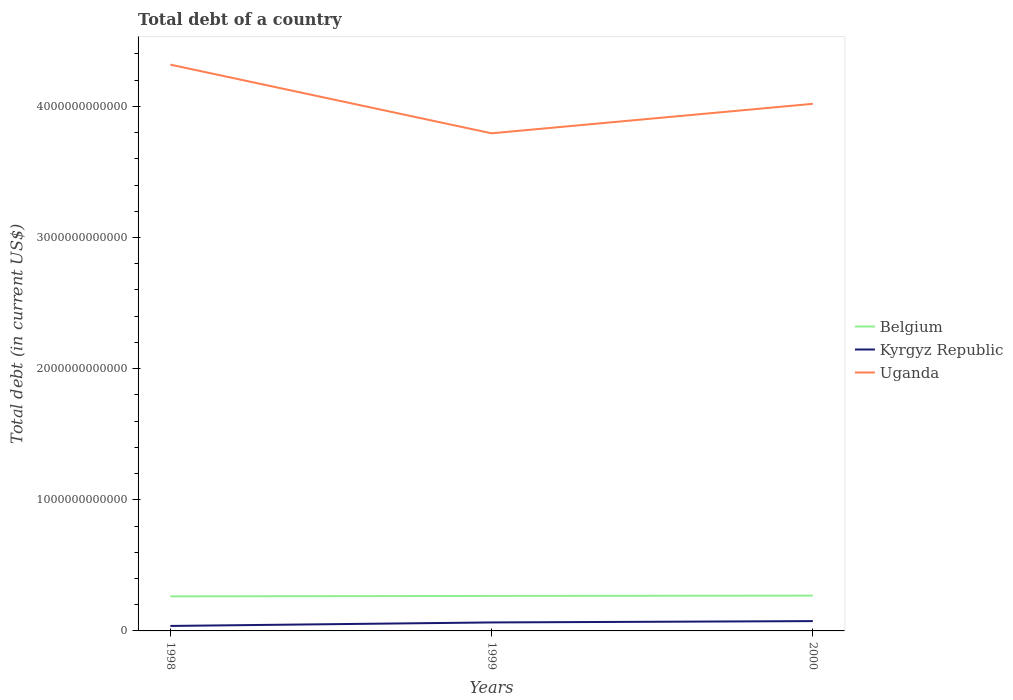
| Years | Belgium | Kyrgyz Republic | Uganda |
 | --- | --- | --- | --- |
 | 1998 | 2.64e+11 | 3.8e+10 | 4.32e+12 |
 | 1999 | 2.67e+11 | 6.47e+10 | 3.79e+12 |
 | 2000 | 2.69e+11 | 7.49e+10 | 4.02e+12 |